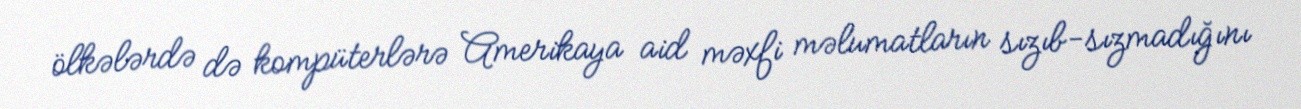
ölkələrdə də kompüterlərə Amerikaya aid məxfi məlumatların sızıb-sızmadığını